Report of the Indian Hemp Drugs Commission, 1894-1895 - Volume I
Year: 1894
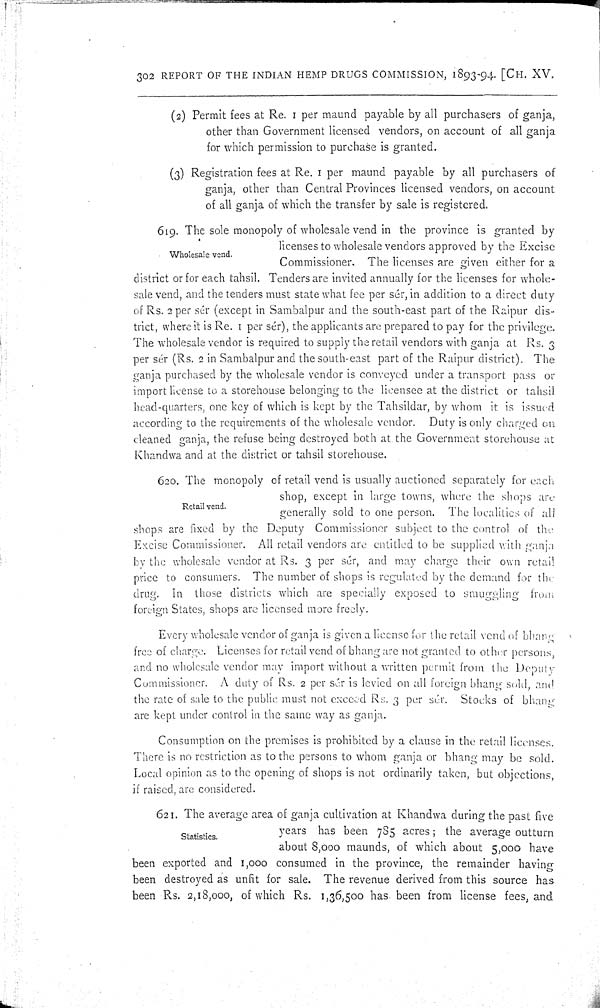
302 REPORT OF THE INDIAN HEMP DRUGS COMMISSION, 1893-94. [CH. XV.
(2) Permit fees at Re. 1 per maund payable by all purchasers of ganja,
other than Government licensed vendors, on account of all ganja
for which permission to purchase is granted.
(3) Registration fees at Re. 1 per maund payable by all purchasers of
ganja, other than Central Provinces licensed vendors, on account
of all ganja of which the transfer by sale is registered.
Wholesale vend.
619. The sole monopoly of wholesale vend in the province is granted by
licenses to wholesale vendors approved by the Excise
Commissioner. The licenses are given either for a
district or for each tahsil. Tenders are invited annually for the licenses for whole-
sale vend, and the tenders must state what fee per sér, in addition to a direct duty
of Rs. 2 per sér (except in Sambalpur and the south-east part of the Raipur dis-
trict, where it is Re. 1 per sér), the applicants are prepared to pay for the privilege.
The wholesale vendor is required to supply the retail vendors with ganja at Rs. 3
per sér (Rs. 2 in Sambalpur and the south-east part of the Raipur district). The
ganja purchased by the wholesale vendor is conveyed under a transport pass or
import license to a storehouse belonging to the licensee at the district or tahsil
head-quarters, one key of which is kept by the Tahsildar, by whom it is issued
according to the requirements of the wholesale vendor. Duty is only charged on
cleaned ganja, the refuse being destroyed both at the Government storehouse at
Khandwa and at the district or tahsil storehouse.
Retail vend.
620. The monopoly of retail vend is usually auctioned separately for each
shop, except in large towns, where the shops are
generally sold to one person. The localities of all
shops are fixed by the Deputy Commissioner subject to the control of the
Excise Commissioner. All retail vendors are entitled to be supplied with ganja
by the wholesale vendor at Rs. 3 per sér, and may charge their own retail
price to consumers. The number of shops is regulated by the demand for the
drug. In those districts which are specially exposed to smuggling from
foreign States, shops are licensed more freely.
Every wholesale vendor of ganja is given a license for the retail vend of bhang
free of charge. Licenses for retail vend of bhang are not granted to other persons,
and no wholesale vendor may import without a written permit from the Deputy
Commissioner. A duty of Rs. 2 per sér is levied on all foreign bhang sold, and
the rate of sale to the public must not exceed Rs. 3 per sér. Stocks of bhang
are kept under control in the same way as ganja.
Consumption on the premises is prohibited by a clause in the retail licenses.
There is no restriction as to the persons to whom ganja or bhang may be sold.
Local opinion as to the opening of shops is not ordinarily taken, but objections,
if raised, are considered.
Statistics.
621. The average area of ganja cultivation at Khandwa during the past five
years has been 785 acres; the average outturn
about 8,000 maunds, of which about 5,000 have
been exported and 1,000 consumed in the province, the remainder having
been destroyed as unfit for sale. The revenue derived from this source has
been Rs. 2,18,000, of which Rs. 1,36,500 has been from license fees, and